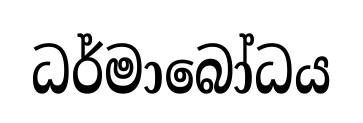
ධර්මාබෝධය